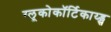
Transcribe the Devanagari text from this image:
ग्लूकोकॉर्टिकाय्ड्स